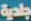
جلدية